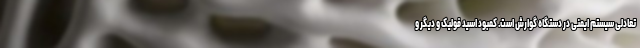
تعادلی سیستم ایمنی در دستگاه گوارش است. کمبود اسید فولیک و دیگر و